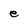
Character: e